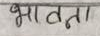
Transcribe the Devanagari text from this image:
भावना